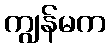
ကျွန်မက